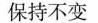
保持不变